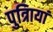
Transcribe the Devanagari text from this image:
पुत्रिायां